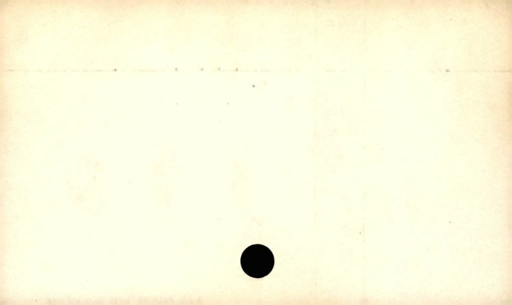
Label: blank